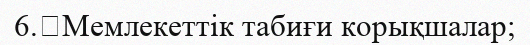
6.	Мемлекеттік табиғи корықшалар;